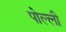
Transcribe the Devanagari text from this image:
पोल्ली